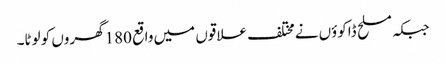
جبکہ مسلح ڈاکوؤں نےمختلف علاقوں میں واقع 180گھروں کو لوٹا۔